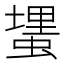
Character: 𰳎